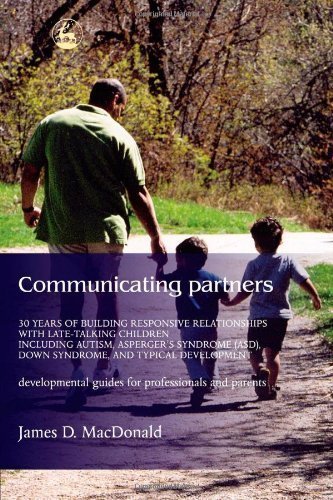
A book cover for Communicating Partners: 30 Years of Building Responsive Relationships with Late-Talking Children including Autism, Asperger's Syndrome (ASD), Down Syndrome, and Typical Developement by James D. MacDonald [2004]; Health, Fitness & Dieting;